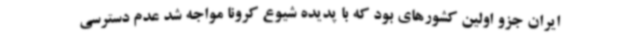
ایران جزو اولین کشورهای بود که با پدیده شیوع کرونا مواجه شد عدم دسترسی